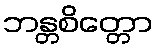
ဘန္တစိတ္တော